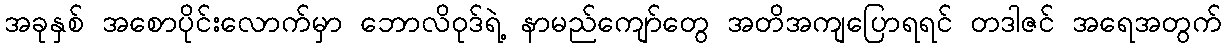
အခုနှစ် အစောပိုင်းလောက်မှာ ဘောလိဝုဒ်ရဲ့ နာမည်ကျော်တွေ အတိအကျပြောရရင် တဒါဇင် အရေအတွက်